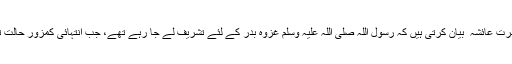
حضرت عائشہ ؓ بیان کرتی ہیں کہ رسول اللہ صلی اللہ علیہ وسلم غزوہ بدر کے لئے تشریف لے جا رہے تھے، جب انتہائی کمزور حالت تھی۔